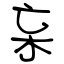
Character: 杗